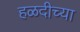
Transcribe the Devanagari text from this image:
हळदीच्या